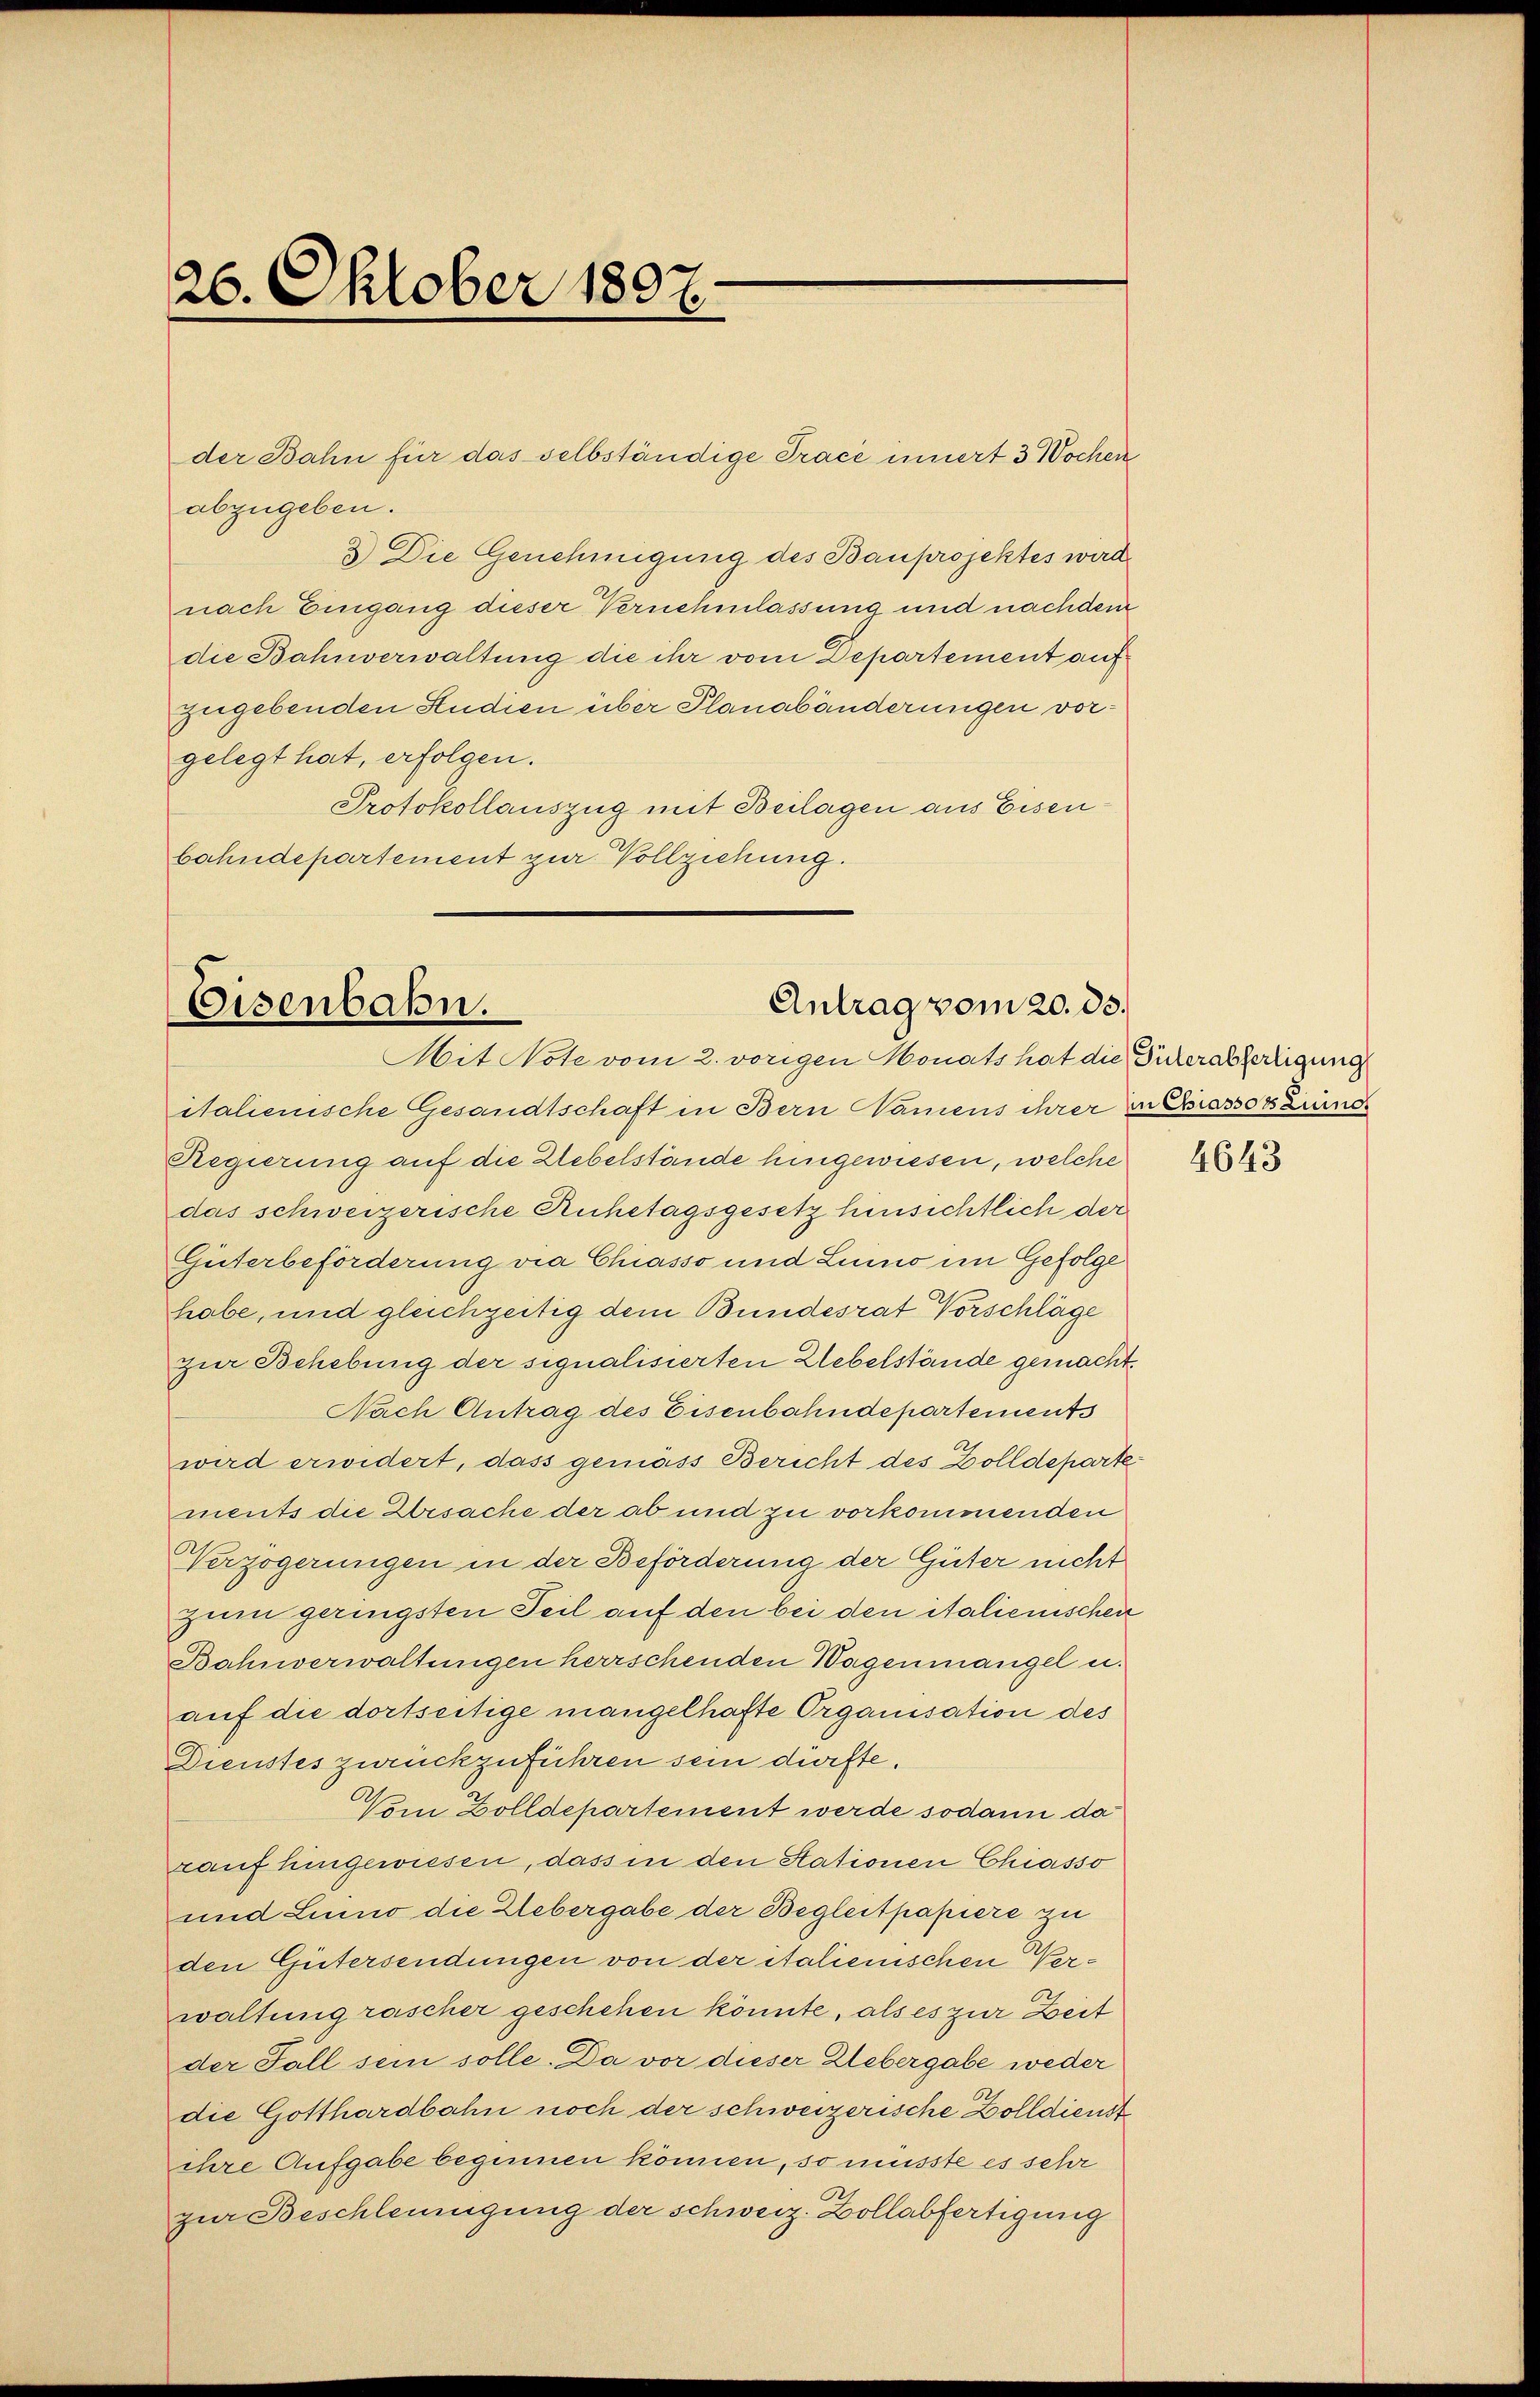
26. Oktober 1807.

der Bahn für das selbständige Tracé innert 3 Wochen
abzugeben.
3) Die Genehmigung des Bauprojektes wird.
nach Eingang dieser Vernehmlassung und nachdem
die Bahnverwaltung die ihr vom Departement auf
zugebenden Studien über Planabänderungen vorgelegt hat, erfolgen.
Protokollauszug mit Beilagen aus Eisenbahndepartement zur Vollziehung.

Antrag vom 20. 33.
Eisenbahn.
Mit Note vom 2. vorigen Honats hat die Dickerabfertigung

italienische Gesandtschaft in Bern Namens ihrer in Chiassor Zinner
Regierung auf die Hebelstände hingewiesen, welche
das schweizerische Ruhetagsgesetz hinsichtlich der
Güterbeförderung via Chiasso und Luino im Gefolge
habe, und gleichzeitig dem Bundesrat Vorschläge
zur Behebung der signalisierten Uebelstände gemacht.
Nach Antrag des Eisenbahndepartements
wird erwidert, dass gemäss Bericht des Zolldeparte
ments die Ursache der ab und zu vorkommenden
Verzögerungen in der Beförderung der Güter nicht
zum geringsten Teil auf den bei den italienischen
Bahnverwaltungen herrschenden Wagenmangel u.
auf die dortseitige mangelhafte Organisation des
Dienstes zurückzuführen sein dürfte.
Vom Zolldepartement werde sodann da
rauf hingewiesen, dass in den Stationen Chiasso
und Luino die Uebergabe der Begleitpapiere zu
den Gütersendungen von der italienischen Verwaltung rascher geschehen könnte, als es zur Zeit
der Fall sein solle. Da vor dieser Webergabe weder
die Gotthardbahn noch der schweizerische Zolldienst
ihre Aufgabe beginnen können, so müsste es sehr
zur Beschleunigung der schweiz. Zollabfertigung

4643